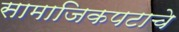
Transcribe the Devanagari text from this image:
सामाजिकपटाचे